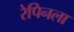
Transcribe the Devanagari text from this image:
रेपिनला